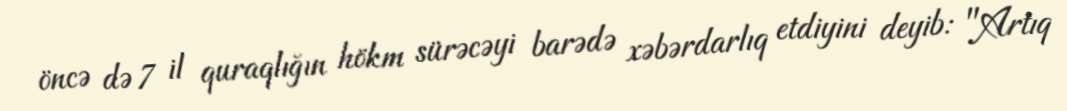
öncə də 7 il quraqlığın hökm sürəcəyi barədə xəbərdarlıq etdiyini deyib: "Artıq